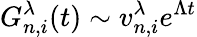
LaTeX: G_{n,i}^{\lambda}(t)\sim v_{n,i}^{\lambda}e^{\Lambda t}